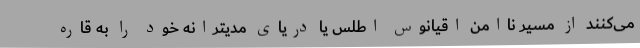
می‌کنند از مسیر ناامن اقیانوس اطلس یا دریای مدیترانه خود را به قاره